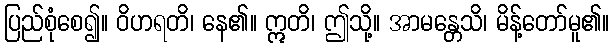
ပြည်စုံစေ၍။ ဝိဟရတိ၊ နေ၏။ ဣတိ၊ ဤသို့။ အာမန္တေသိ၊ မိန့်တော်မူ၏။